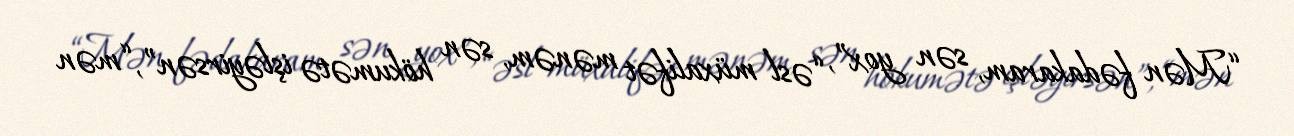
“Mən fədakaram, sən yox”, “əsl müxalifət mənəm, sən hökumətə işləyirsən”, “mən